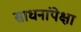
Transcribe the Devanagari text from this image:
साधनांपेक्षा